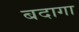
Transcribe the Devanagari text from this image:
बदागा